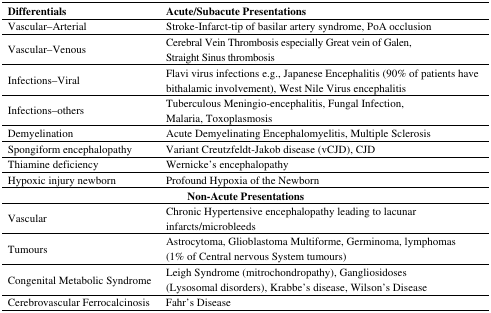
| Differentials | Acute/Subacute Presentations |
 | --- | --- |
 | Vascular–Arterial | Stroke-Infarct-tip of basilar artery syndrome, PoA occlusion |
 | Vascular–Venous | Cerebral Vein Thrombosis especially Great vein of Galen, Straight Sinus thrombosis |
 | Infections–Viral | Flavi virus infections e.g., Japanese Encephalitis (90% of patients have bithalamic involvement), West Nile Virus encephalitis |
 | Infections–others | Tuberculous Meningio-encephalitis, Fungal Infection, Malaria, Toxoplasmosis |
 | Demyelination | Acute Demyelinating Encephalomyelitis, Multiple Sclerosis |
 | Spongiform encephalopathy | Variant Creutzfeldt-Jakob disease (vCJD), CJD |
 | Thiamine deficiency | Wernicke’s encephalopathy |
 | Hypoxic injury newborn | Profound Hypoxia of the Newborn |
 | <COLSPAN=2> Non-Acute Presentations |
 | Vascular | Chronic Hypertensive encephalopathy leading to lacunar infarcts/microbleeds |
 | Tumours | Astrocytoma, Glioblastoma Multiforme, Germinoma, lymphomas (1% of Central nervous System tumours) |
 | Congenital Metabolic Syndrome | Leigh Syndrome (mitrochondropathy), Gangliosidoses (Lysosomal disorders), Krabbe’s disease, Wilson’s Disease |
 | Cerebrovascular Ferrocalcinosis | Fahr’s Disease |